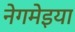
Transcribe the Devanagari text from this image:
नेगमेइया